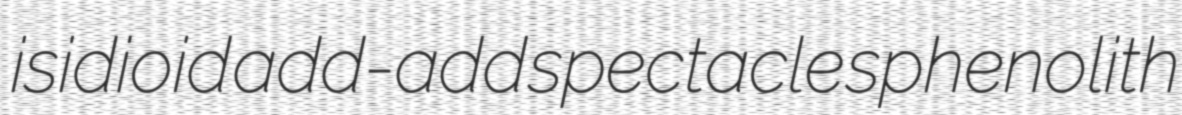
isidioid add-add spectacle sphenolith